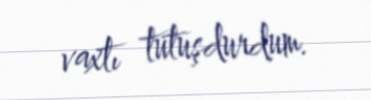
vaxtı tutuşdurdum.